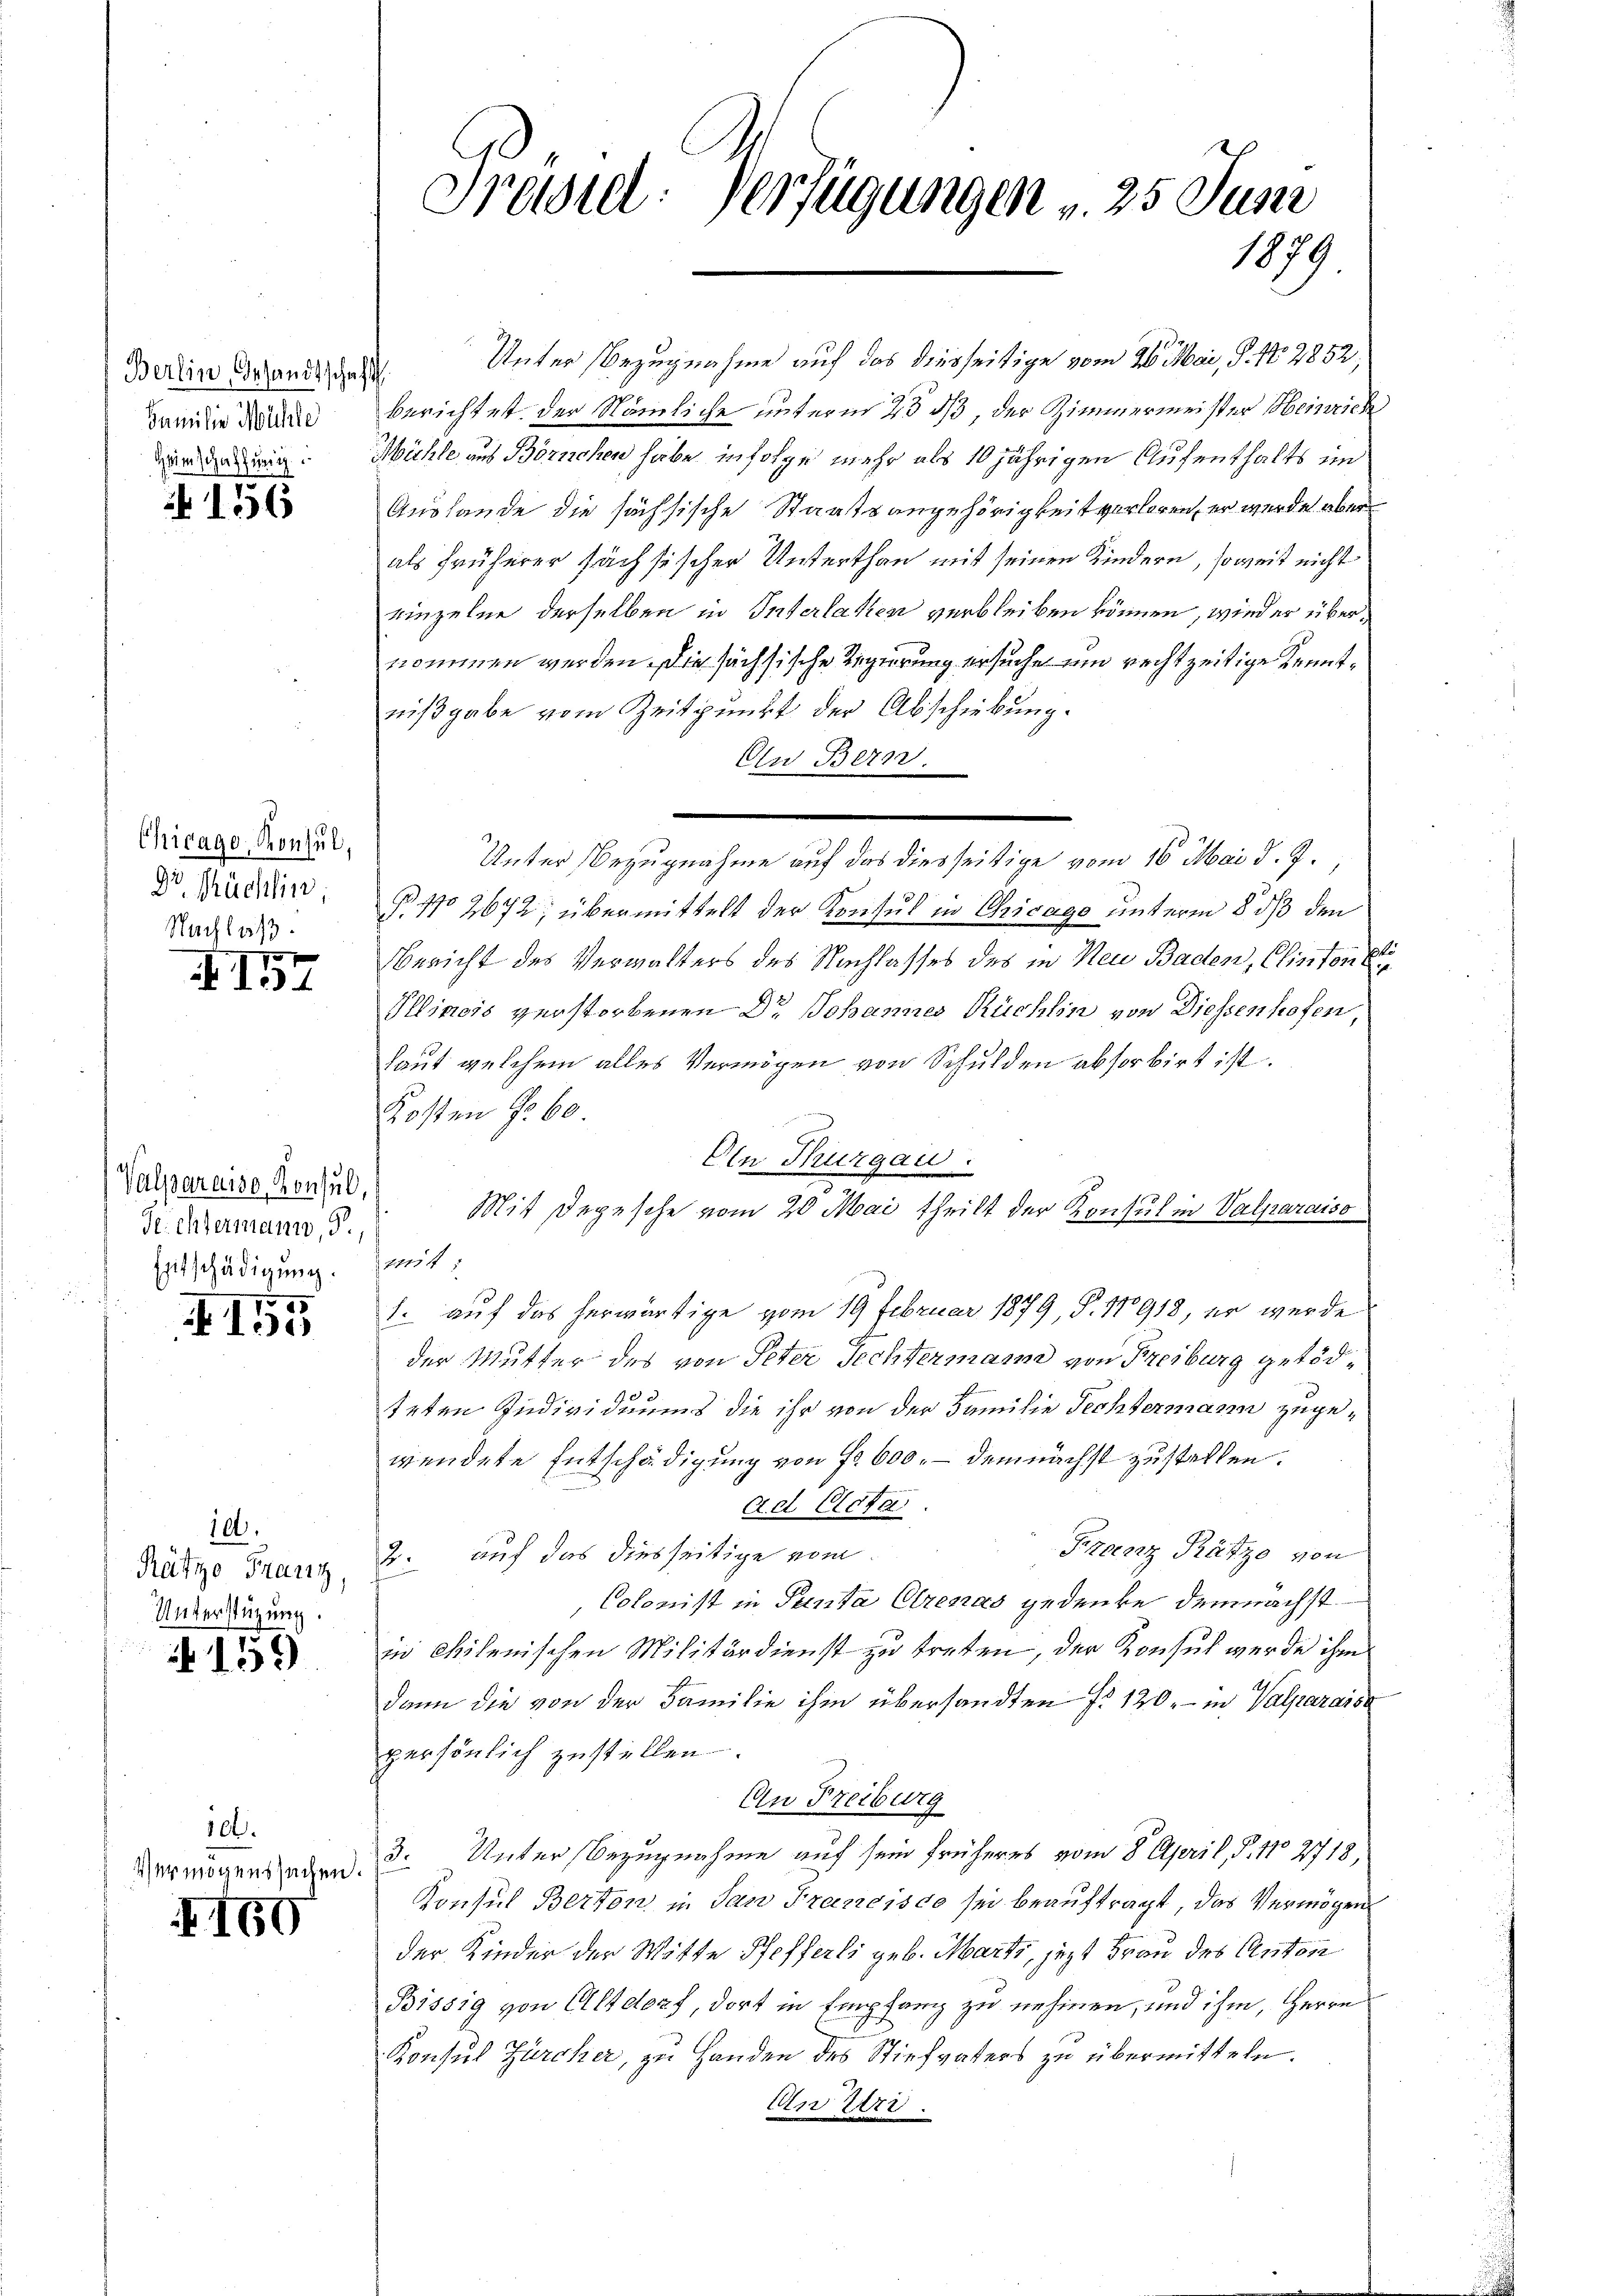
Berlin Gesandtschaft
Familie Mühle

No 156

Chicago, Konsul,
Dr sächlin,
Nachlaß.

II54

Valparais, Konsul,
Rechtermann, d.
Eitschädigung.

4155

10.
Rätzo Franz,
Unterstüzung.

159

10.
Vermögenssachen.

160

Pröstet. Verfügungen v. 25 Juni
1879

Unter Bezugnahme auf das diesseitige vom 26. Mai, S. 17. 2852,
.
berichtet, der Nämliche unterm 25 ds, der Zimmermeister Heinrich
nig. Mühle aus Börnchen habe infolge mehr als 10 jährigen Aufenthalts im
Auslande die sächsische Staatsangehörigkeit verloren, er wurde aber
als früherer sächsischer Unterthan mit seinen Kindern, soweit nicht
rinzelne derselben in Interlaken verbleiben können, wieder übernommen werden, die sächsische Regierung ersuche um rechtzeitige Kenntnißgabe vom Zeitpunkt der Abschiebung.
Cn Bern.
P. No 2672; übermittelt der Konsul in Chicago unterm 8 dß den
Bericht des Verwalters des Nachlasses des in Neu Baden, Clinton b
Ullinois verstorbenen Dr. Johannes Rüchlin von Diessenhofen,
Laut welchem alles Vermögen von Schulden absorbirt ist.
Kosten § 60.
Den Thurgau.
Mit Depesche vom 20. Mai theilt der Konsul in Valparaiso
mit:
1. auf das herwärtige vom 19 Februar 1879, P. 11918, er wurde
der Mutter des von Peter Techtermann von Freiburg getöd¬
10
teten Individuums die ihr von der Familie Rechtermann zugewendete Entschädigung von Fr. 600. - demnächst zustellen.
Ad Acta
Franz Ratze von
2. auf das diesseitige vom
Colonist in Panta Clrenas gedenke demnächst
in khölenischen Militärdienst zu treten, der Konsul werde ihm
dann die von der Familie ihm übersandten f. 120.- in Valparaise
persönlich zustellen.
An Freiburg
3. Unter Bezugnahme auf sein früheres vom 8. April, P. No 2718,
Konsul Berton in San Francisco sei beauftragt, das Vermögen
der Kinder der Witte Pfefferli geb. Marti, jezt Frau des Anton
Bissig von Altdorf, dort in Empfang zu nehmen, und ihm, Herrn
Konsul Zürcher, zu Handen des Stiefvaters zu übermitteln.
AwUri.

Unter Bezugnahme auf das diesseitige vom 16. Mai d. J.,